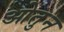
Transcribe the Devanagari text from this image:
ओतुन